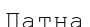
Патна